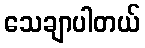
သေချာပါတယ်